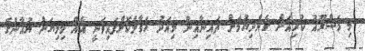
މި މަޝްރޫއު ކުރިއަށް ގެންދިޔުމަށް ޗައިނާއިން މިއަދު ހަވާލުކޮށްފައިވަނީ އެއް މިލިޔަން ޔުއާންގެ